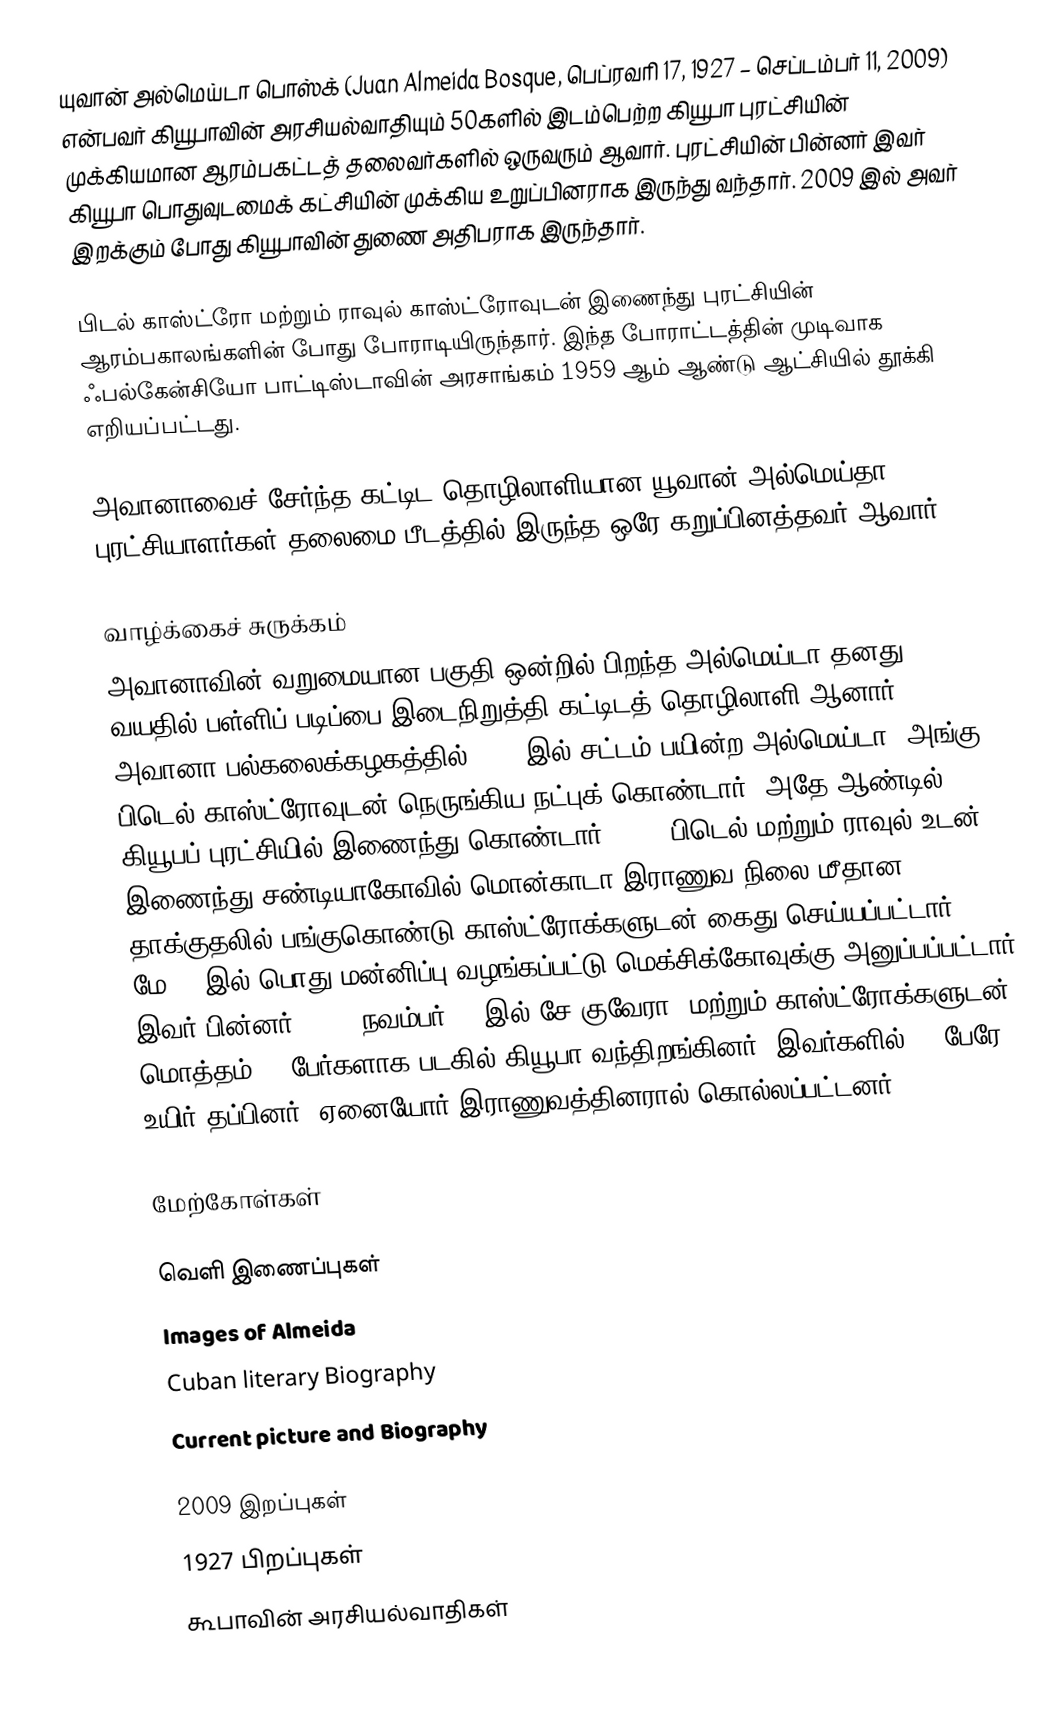
யுவான் அல்மெய்டா பொஸ்க் (Juan Almeida Bosque, பெப்ரவரி 17, 1927 – செப்டம்பர் 11, 2009) என்பவர் கியூபாவின் அரசியல்வாதியும் 50களில் இடம்பெற்ற கியூபா புரட்சியின் முக்கியமான ஆரம்பகட்டத் தலைவர்களில் ஒருவரும் ஆவார். புரட்சியின் பின்னர் இவர் கியூபா பொதுவுடமைக் கட்சியின் முக்கிய உறுப்பினராக இருந்து வந்தார். 2009 இல் அவர் இறக்கும் போது கியூபாவின் துணை அதிபராக இருந்தார்.

பிடல் காஸ்ட்ரோ மற்றும் ராவுல் காஸ்ட்ரோவுடன் இணைந்து புரட்சியின் ஆரம்பகாலங்களின் போது போராடியிருந்தார். இந்த போராட்டத்தின் முடிவாக ஃபல்கேன்சியோ பாட்டிஸ்டாவின் அரசாங்கம் 1959 ஆம் ஆண்டு ஆட்சியில் தூக்கி எறியப்பட்டது.

அவானாவைச் சேர்ந்த கட்டிட தொழிலாளியான யூவான் அல்மெய்தா, புரட்சியாளர்கள் தலைமை பீடத்தில் இருந்த ஒரே கறுப்பினத்தவர் ஆவார்.

வாழ்க்கைச் சுருக்கம்
அவானாவின் வறுமையான பகுதி ஒன்றில் பிறந்த அல்மெய்டா தனது 11 வயதில் பள்ளிப் படிப்பை இடைநிறுத்தி கட்டிடத் தொழிலாளி ஆனார். அவானா பல்கலைக்கழகத்தில் 1952 இல் சட்டம் பயின்ற அல்மெய்டா, அங்கு பிடெல் காஸ்ட்ரோவுடன் நெருங்கிய நட்புக் கொண்டார். அதே ஆண்டில் கியூபப் புரட்சியில் இணைந்து கொண்டார். 1953 பிடெல் மற்றும் ராவுல் உடன் இணைந்து சண்டியாகோவில் மொன்காடா இராணுவ நிலை மீதான தாக்குதலில் பங்குகொண்டு காஸ்ட்ரோக்களுடன் கைது செய்யப்பட்டார். 1955, மே 15 இல் பொது மன்னிப்பு வழங்கப்பட்டு மெக்சிக்கோவுக்கு அனுப்பப்பட்டார். இவர் பின்னர் 1956, நவம்பர் 25 இல் சே குவேரா, மற்றும் காஸ்ட்ரோக்களுடன் மொத்தம் 82 பேர்களாக படகில் கியூபா வந்திறங்கினர். இவர்களில் 16 பேரே உயிர் தப்பினர். ஏனையோர் இராணுவத்தினரால் கொல்லப்பட்டனர்.

மேற்கோள்கள்

வெளி இணைப்புகள்
 Images of Almeida
 Cuban literary Biography
 Current picture and Biography

2009 இறப்புகள்
1927 பிறப்புகள்
கூபாவின் அரசியல்வாதிகள்